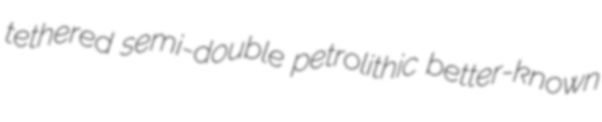
tethered semi-double petrolithic better-known